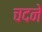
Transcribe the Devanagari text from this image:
चदने